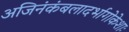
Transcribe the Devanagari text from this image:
अजिनंकंबलादर्भागोकेशाः